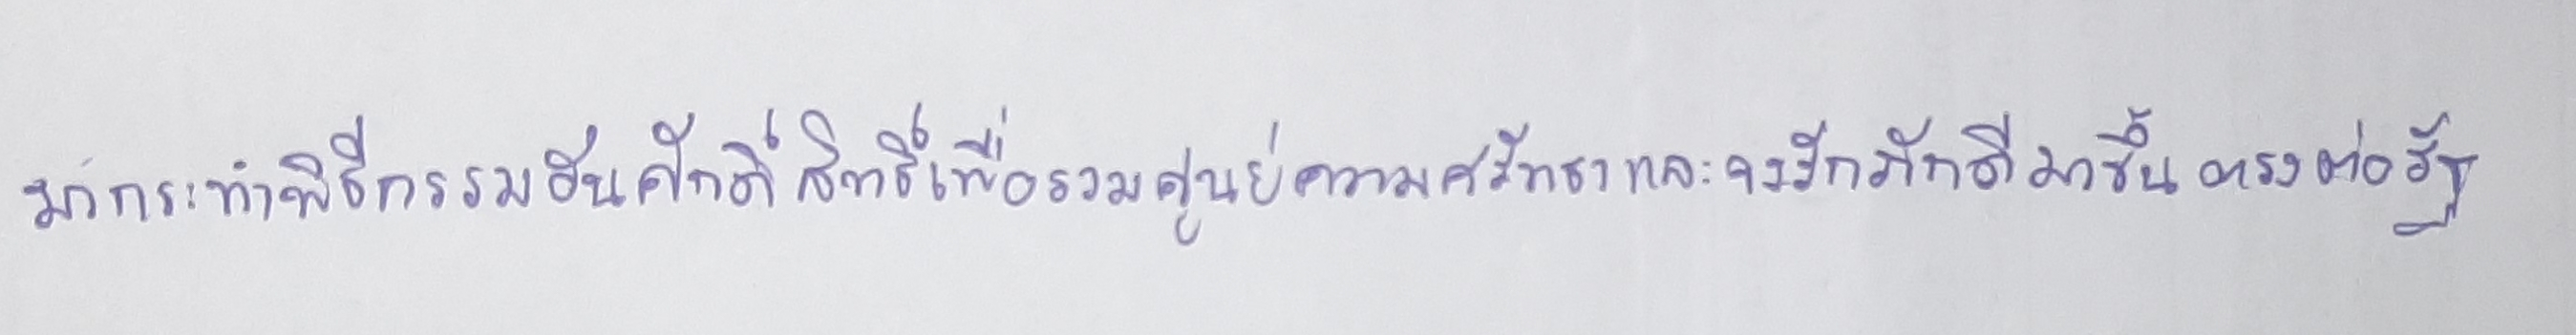
มากระทำพิธีกรรมอันศักดิ์สิทธิ์เพื่อรวมศูนย์ความศรัทธาและจงรักภักดีมาขึ้นตรงต่อรัฐ